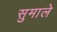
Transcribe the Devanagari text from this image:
सुमाले